Annual report of the Punjab Veterinary College and of the Civil Veterinary Department, Punjab - 1926-1932
Year: 1926
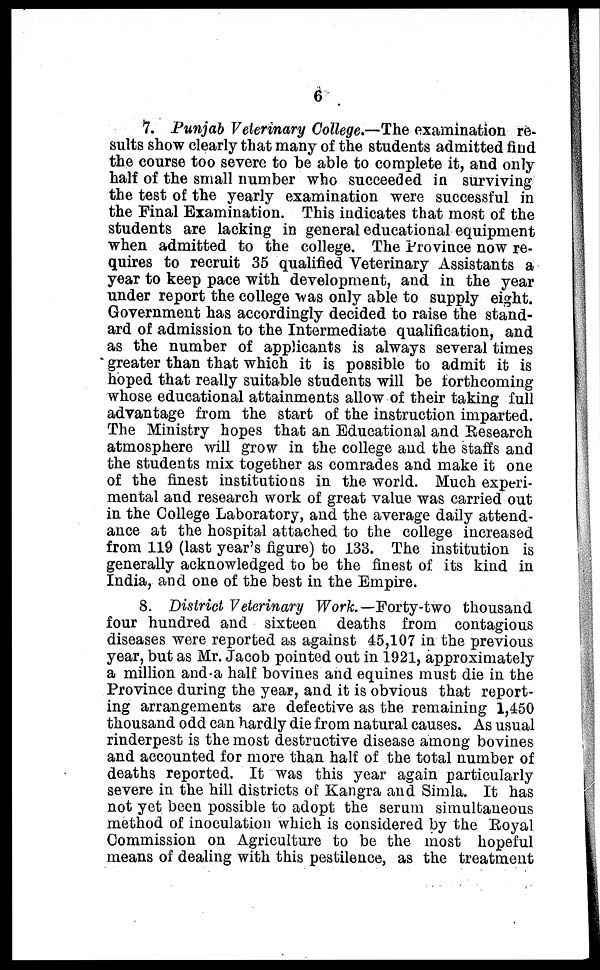
6
7. Punjab Veterinary College.—The examination re-
sults show clearly that many of the students admitted find
the course too severe to be able to complete it, and only
half of the small number who succeeded in surviving
the test of the yearly examination were successful in
the Final Examination. This indicates that most of the
students are lacking in general educational equipment
when admitted to the college. The Province now re-
quires to recruit 35 qualified Veterinary Assistants a
year to keep pace with development, and in the year
under report the college was only able to supply eight.
Government has accordingly decided to raise the stand-
ard of admission to the Intermediate qualification, and
as the number of applicants is always several times
reater than that which it is possible to admit it is
hoped that really suitable students will be forthcoming
whose educational attainments allow of their taking full
advantage from the start of the instruction imparted.
The Ministry hopes that an Educational and Research
atmosphere will grow in the college and the staff's and
the students mix together as comrades and make it one
of the finest institutions in the world. Much experi-
mental and research work of great value was carried out
in the College Laboratory, and the average daily attend-
ance at the hospital attached to the college increased
from 119 (last year's figure) to 133. The institution is
generally acknowledged to be the finest of its kind in
India, and one of the best in the Empire.
8. District Veterinary Work.— Forty-two thousand
four hundred and sixteen deaths from contagious
diseases were reported as against 45,107 in the previous
year, but as Mr. Jacob pointed out in 1921, approximately
a million and a half bovines and equines must die in the
Province during the year, and it is obvious that report-
ing arrangements are defective as the remaining 1,450
thousand odd can hardly die from natural causes. As usual
rinderpest is the most destructive disease among bovines
and accounted for more than half of the total number of
deaths reported. It was this year again particularly
severe in the hill districts of Kangra and Simla. It has
not yet been possible to adopt the serum simultaneous
method of inoculation which is considered by the Royal
Commission on Agriculture to be the most hopeful
means of dealing with this pestilence, as the treatment